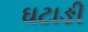
ઘટાઙી